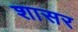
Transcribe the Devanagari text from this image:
शासर